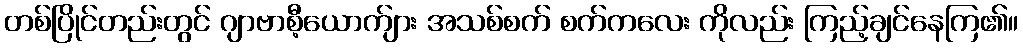
တစ်ပြိုင်တည်းတွင် ဂျာဗာစီ့ယောက်ျား အသစ်စက် စက်ကလေး ကိုလည်း ကြည့်ချင်နေကြ၏။